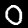
Digit: 0